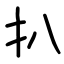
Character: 扒